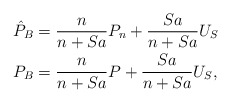
\begin{align*}\hat{P}_B & = \frac{n}{n+Sa} P_n + \frac{Sa}{n+Sa} U_S \\P_B & = \frac{n}{n+Sa} P + \frac{Sa}{n+Sa} U_S,\end{align*}